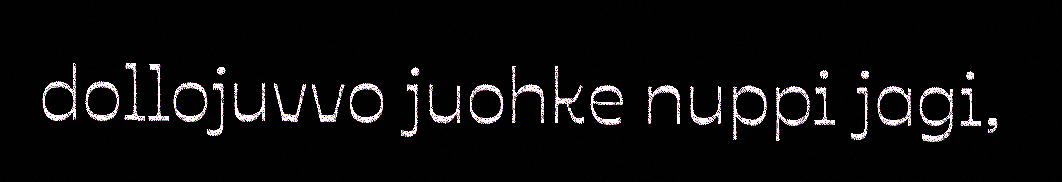
dollojuvvo juohke nuppi jagi,